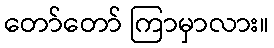
တော်တော် ကြာမှာလား။